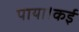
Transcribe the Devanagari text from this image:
पाया।कई